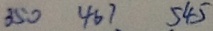
3 5 0 4 6 7 5 4 5